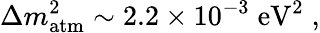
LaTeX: \Delta m_{\mathrm{atm}}^{2}\sim 2.2\times 10^{-3}\; \mathrm{eV}^{2}\; ,